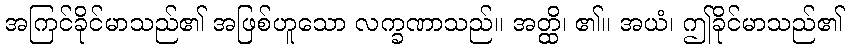
အကြင်ခိုင်မာသည်၏ အဖြစ်ဟူသော လက္ခဏာသည်။ အတ္ထိ၊ ၏။ အယံ၊ ဤခိုင်မာသည်၏